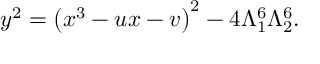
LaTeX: y ^ { 2 } = \left( x ^ { 3 } - u x - v \right) ^ { 2 } - 4 \Lambda _ { 1 } ^ { 6 } \Lambda _ { 2 } ^ { 6 } .